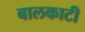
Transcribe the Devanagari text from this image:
बालकाटी